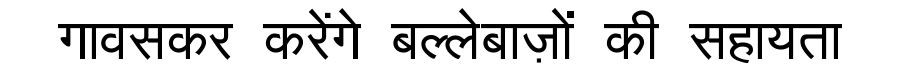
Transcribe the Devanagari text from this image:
गावसकर करेंगे बल्लेबाज़ों की सहायता